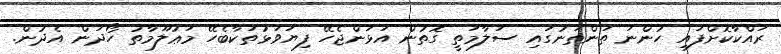
ރައްކާކޮށްފައި ހުންނަ ތަންތަނުގައި ސަލާމަތީ ގޮތުން އަޅަންޖެހޭ ފިޔަވަޅުތަކާބެހޭ މަޢުލޫމާތު ހޯދަން އެދުން.